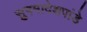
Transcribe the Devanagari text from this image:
सुषमादेशपांडे